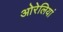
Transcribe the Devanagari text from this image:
ओरेलियां